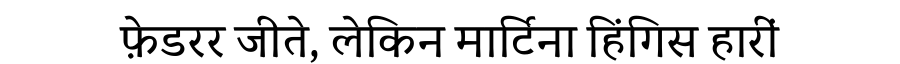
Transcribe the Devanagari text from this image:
फ़ेडरर जीते, लेकिन मार्टिना हिंगिस हारीं